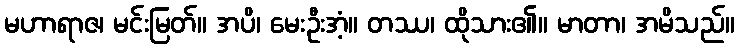
မဟာရာဇ၊ မင်းမြတ်။ အပိ၊ မေးဦးအံ့။ တဿ၊ ထိုသား၏။ မာတာ၊ အမိသည်။